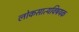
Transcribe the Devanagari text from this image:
लोकसात्यविषयक